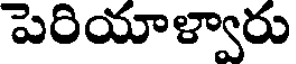
పెరియాళ్వారు